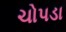
ચોપડા